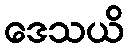
ဒေသယိ